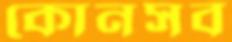
কোনসব